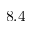
8 . 4